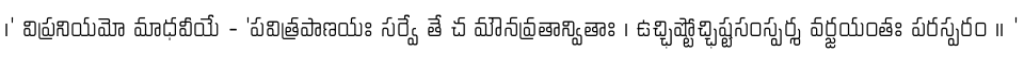
।' విప్రనియమో మాధవీయే - 'పవిత్రపాణయః సర్వే తే చ మౌనవ్రతాన్వితాః । ఉచ్ఛిష్టోచ్ఛిష్టసంస్పర్శ వర్జయంతః పరస్పరం ।। '